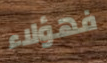
فهؤلاء